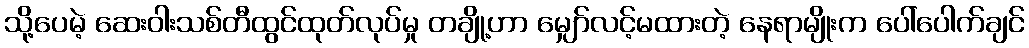
သို့ပေမဲ့ ဆေးဝါးသစ်တီထွင်ထုတ်လုပ်မှု တချို့ဟာ မျှော်လင့်မထားတဲ့ နေရာမျိုးက ပေါ်ပေါက်ချင်